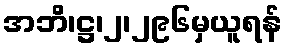
အဘိ၊ဋ္ဌ၊၂၊၂၉၆မှယူရန်